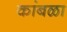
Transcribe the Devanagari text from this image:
कांबळा